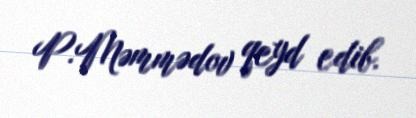
P.Məmmədov qeyd edib.